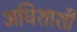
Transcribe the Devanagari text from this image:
अधिशाशी